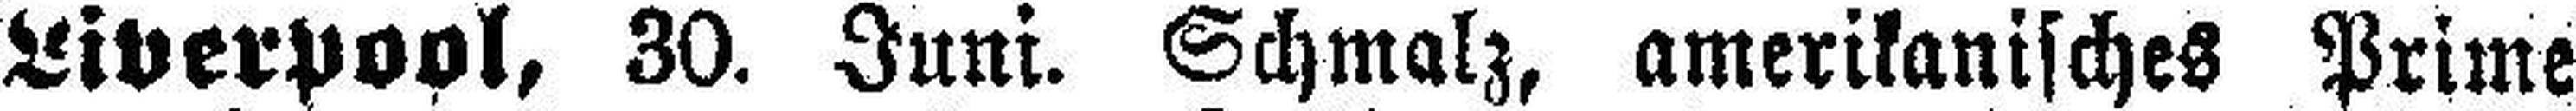
Liverpool, 30. Juni. Schmalz, amerikanisches Prime